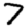
Digit: 7